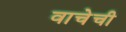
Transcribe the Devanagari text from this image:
वाचेची